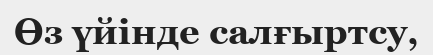
Өз үйінде салғыртсу,